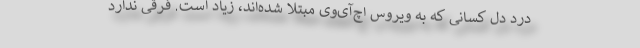
درد دل کسانی که به ویروس اچ‌آی‌وی مبتلا شده‌اند، زیاد است. فرقی ندارد